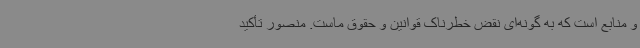
و منابع است که به گونه‌ای نقض خطرناک قوانین و حقوق ماست. منصور تأکید